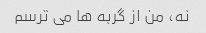
نه، من از گربه ها می ترسم